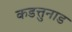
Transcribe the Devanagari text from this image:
कडत्तुनाड